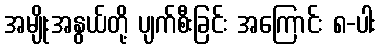
အမျိုးအနွယ်တို့ ပျက်စီးခြင်း အကြောင်း ၈-ပါး